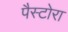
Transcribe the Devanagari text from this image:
पैस्टोरा